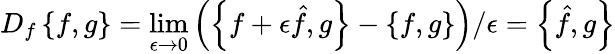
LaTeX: D_{f}\left\{ f,g\right\} =\operatorname*{lim}_{\epsilon\to 0}\left(\left\{ f+\epsilon{\hat{f}},g\right\} -\left\{ f,g\right\} \right)/\epsilon=\left\{ \hat{f},g\right\}